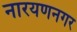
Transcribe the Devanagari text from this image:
नारयणनगर